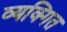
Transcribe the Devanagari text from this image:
व्यक्गित